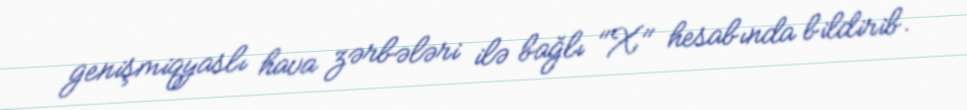
genişmiqyaslı hava zərbələri ilə bağlı "X" hesabında bildirib.